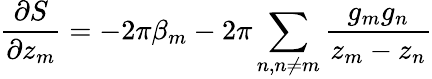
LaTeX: \frac{\partial S}{\partial z_{m}}=-2\pi\beta_{m}-2\pi\sum_{n,n\neq m}\frac{g_{m}g_{n}}{z_{m}-z_{n}}